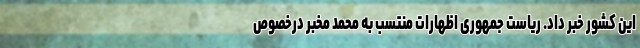
این کشور خبر داد. ریاست جمهوری اظهارات منتسب به محمد مخبر درخصوص